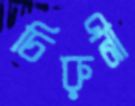
চিরুনী